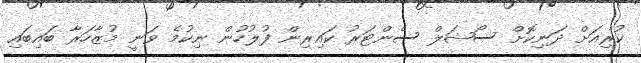
ކުރިއަށް ދަނިކޮށް ސޯޝަލް ސެންޓަރު ކައިރިން ފުލުހުން ނިކުމެ ވަނީ މުޒާހަރާ ބައިބައި